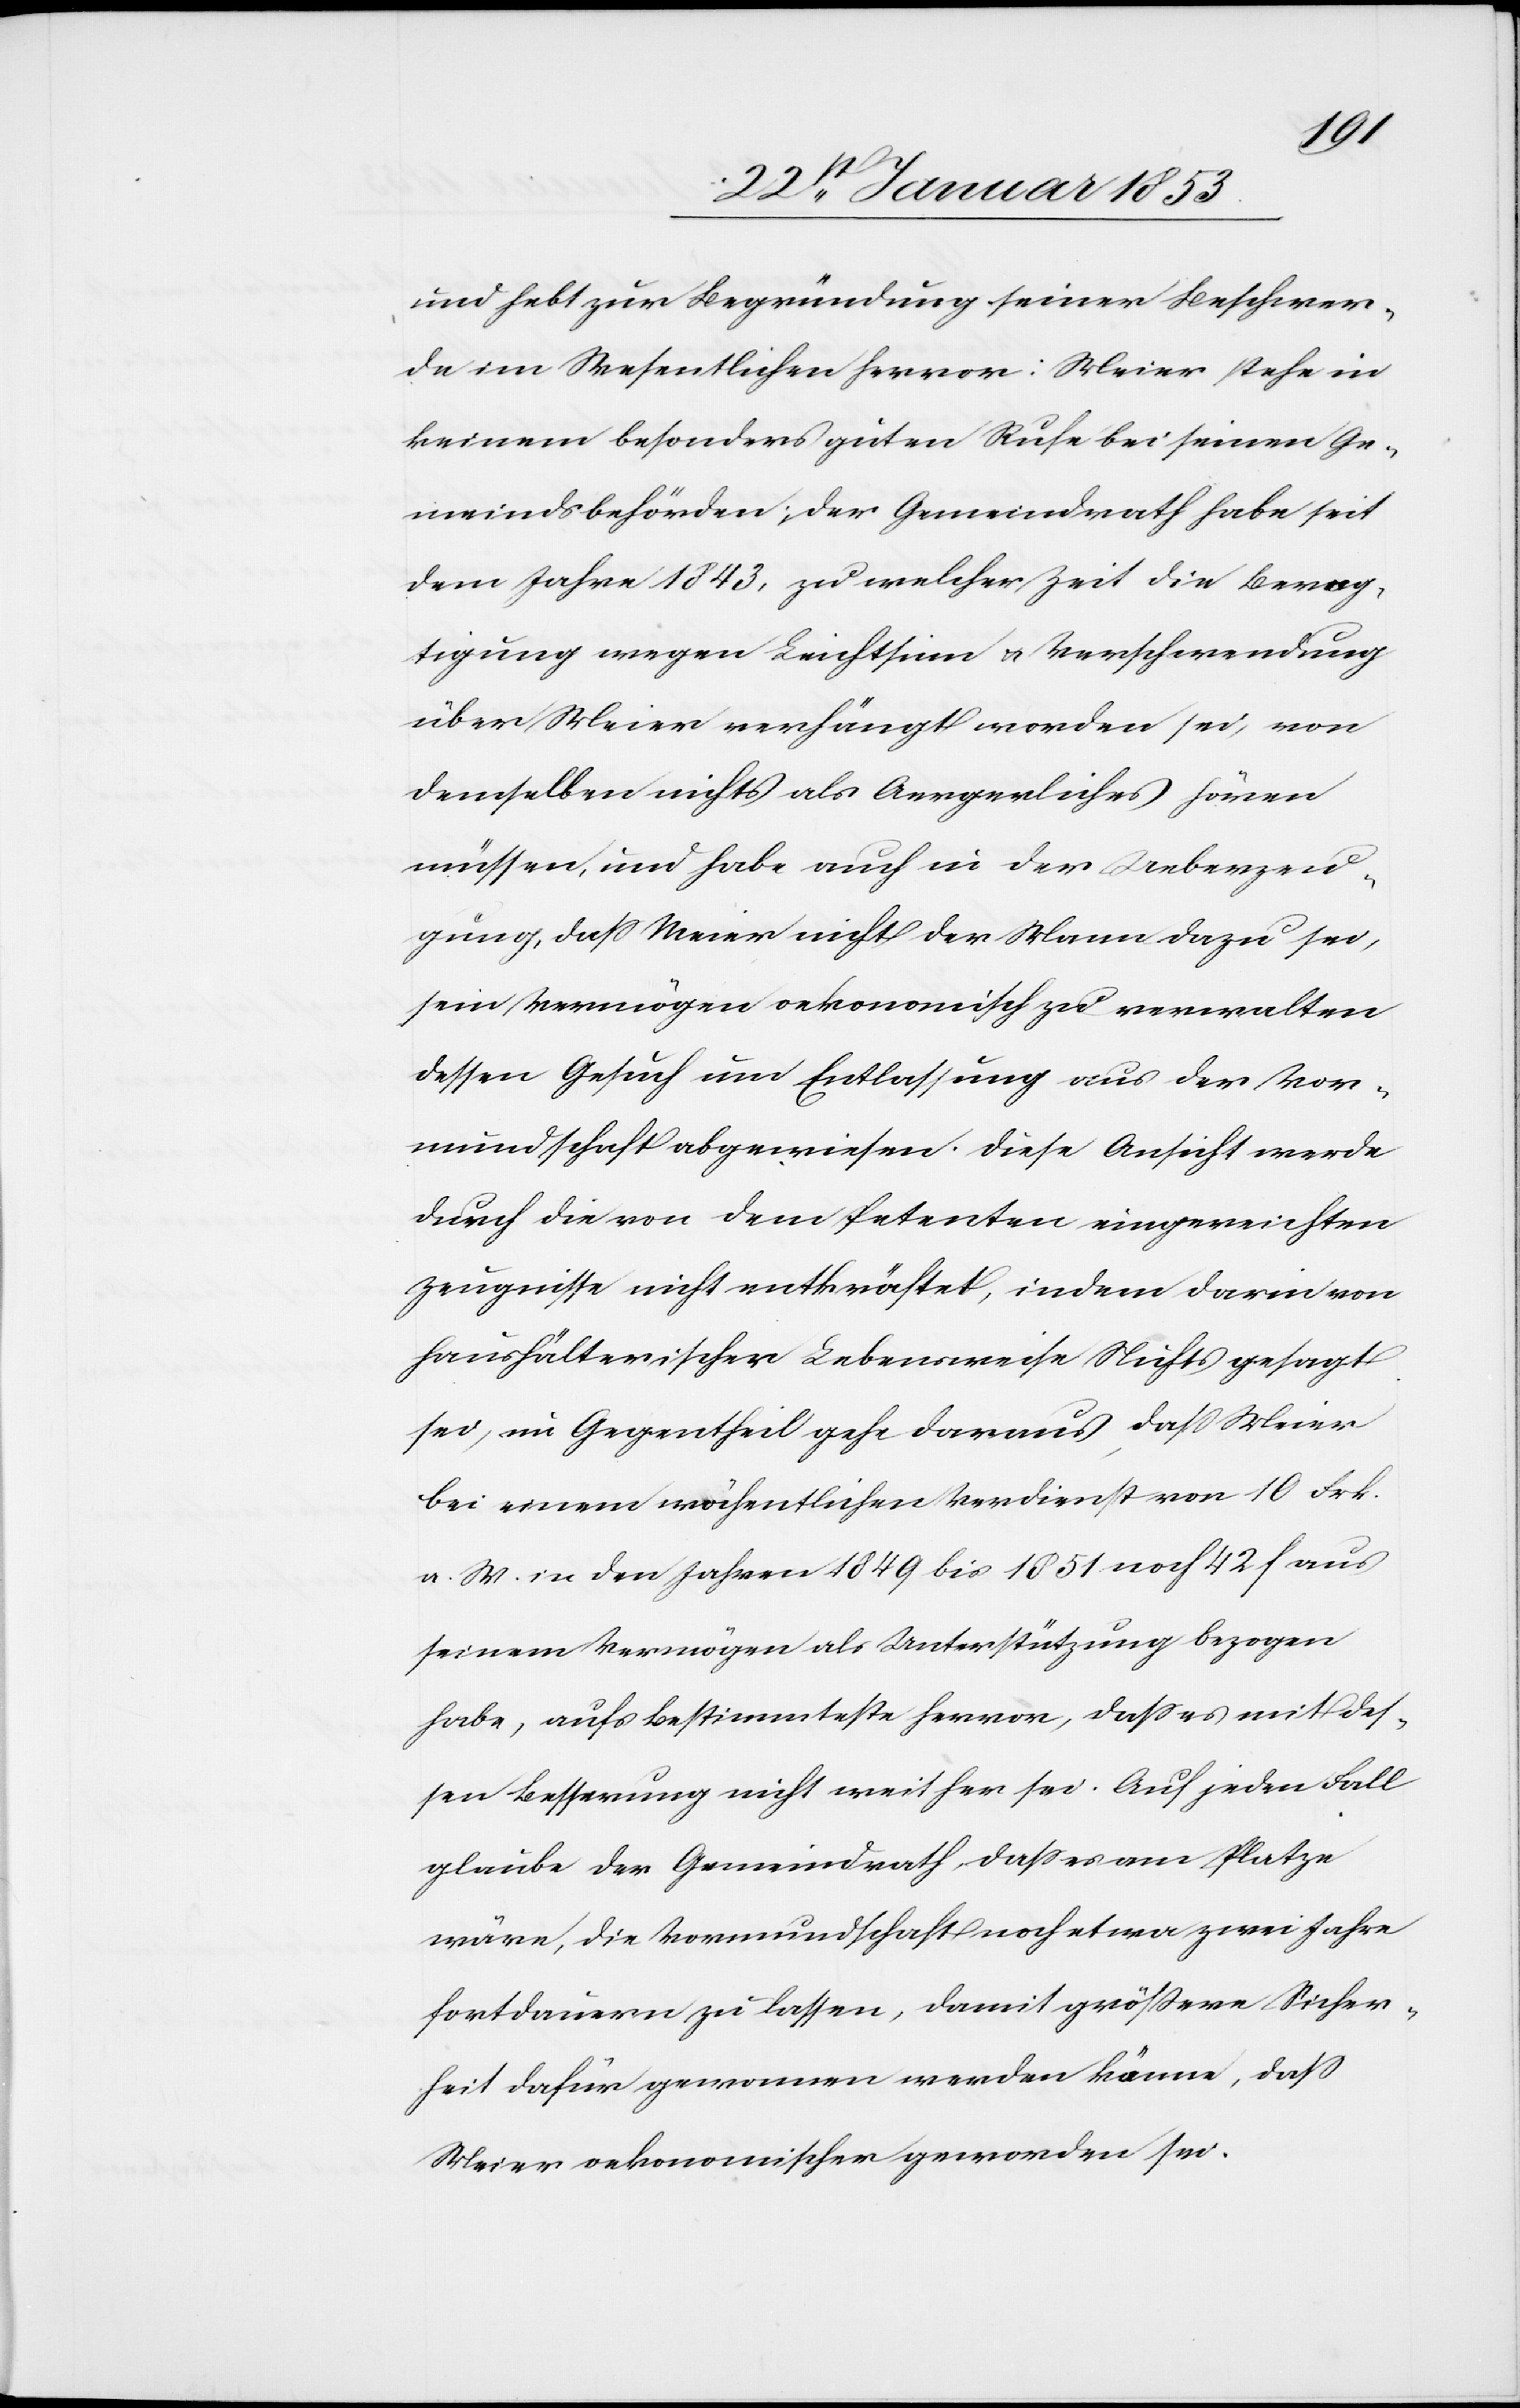
und hebt zur Begründung seiner Beschwer¬
de im Wesentlichen hervor: Meier stehe in
keinem besonders guten Rufe bei seinen Ge¬
meindsbehörden, der Gemeindrath habe seit
dem Jahre 1843, zu welcher Zeit die Bevog¬
tigung wegen Leichtsinn u. Verschwendung
über Meier verhängt worden sei, von
demselben nichts als Aergerliches hören
müssen, und habe auch in der Ueberzeu¬
gung, daß Meier nicht der Mann dazu sei,
sein Vermögen oekonomisch zu verwalten
dessen Gesuch um Entlassung aus der Vor¬
mundschaft abgewiesen. Diese Ansicht werde
durch die von dem Petenten eingereichten
Zeugnisse nicht entkräftet, indem darin von
haushälterischer Lebensweise Nichts gesagt
sei, im Gegentheil gehe daraus, daß Meier
bei einem wöchentlichen Verdienst von 10 Frk.
a. W. in den Jahren 1849 bis 1851 noch 42 f. aus
seinem Vermögen als Unterstützung bezogen
habe, aufs Bestimmteste hervor, daß es mit des¬
sen Besserung nicht weit her sei. Auf jeden Fall
glaube der Gemeindrath, daß es am Platze
wäre, die Vormundschaft noch etwa zwei Jahre
fortdauern zu lassen, damit größere Sicher¬
heit dafür gewonnen werde könne, daß
Meier oekonomischer geworden sei.